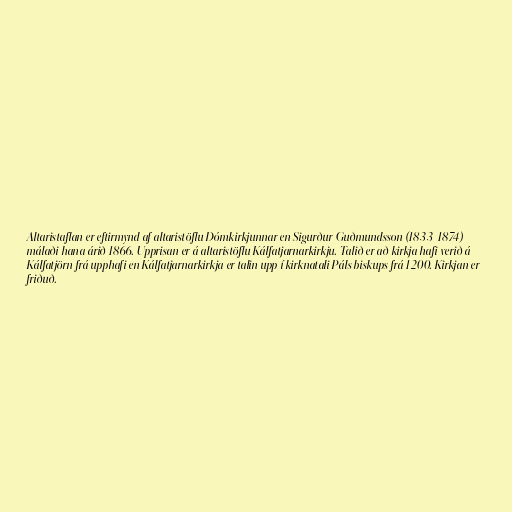
Altaristaflan er eftirmynd af altaristöflu Dómkirkjunnar en Sigurður Guðmundsson (1833-1874)
málaði hana árið 1866. Upprisan er á altaristöflu Kálfatjarnarkirkju. Talið er að kirkja hafi verið á
Kálfatjörn frá upphafi en Kálfatjarnarkirkja er talin upp í kirknatali Páls biskups frá 1200. Kirkjan er
friðuð.